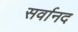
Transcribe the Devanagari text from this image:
सर्वानद